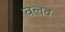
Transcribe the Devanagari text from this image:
वलद